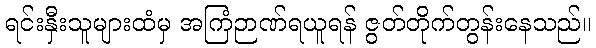
ရင်းနှီးသူများထံမှ အကြံဉာဏ်ရယူရန် ဇွတ်တိုက်တွန်းနေသည်။